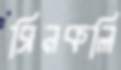
ব্রিনকলি